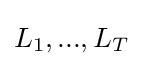
L_{1},...,L_{T}